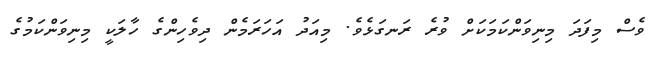
ވެސް މިފަދަ މިނިވަންކަމަކަށް ވުރެ ރަނގަޅެވެ. މިއަދު އަހަރަމެން ދިވެހިންގެ ހާލަކީ މިނިވަންކަމުގެ